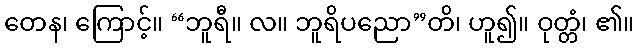
တေန၊ ကြောင့်။ “ဘူရီ။ လ။ ဘူရိပညော”တိ၊ ဟူ၍။ ဝုတ္တံ၊ ၏။